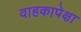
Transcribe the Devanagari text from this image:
वाहकापेक्षा